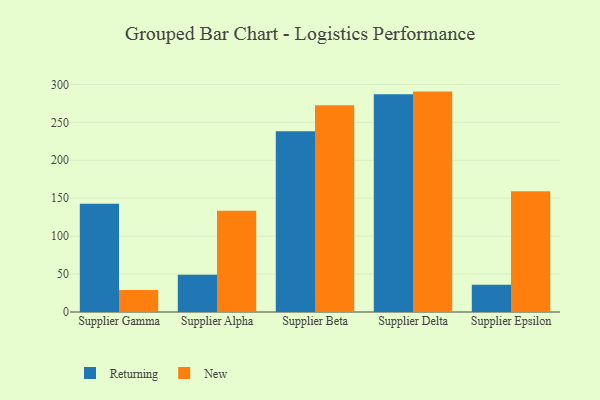
{"axis": {"x": "Supplier", "y": "Churn Rate (%)"}, "legend": ["New", "Returning"], "data": [{"x": "Supplier Gamma", "y": 142.7, "type": "Returning"}, {"x": "Supplier Gamma", "y": 29.1, "type": "New"}, {"x": "Supplier Alpha", "y": 49.2, "type": "Returning"}, {"x": "Supplier Alpha", "y": 133.5, "type": "New"}, {"x": "Supplier Beta", "y": 238.3, "type": "Returning"}, {"x": "Supplier Beta", "y": 272.4, "type": "New"}, {"x": "Supplier Delta", "y": 286.9, "type": "Returning"}, {"x": "Supplier Delta", "y": 290.5, "type": "New"}, {"x": "Supplier Epsilon", "y": 36.0, "type": "Returning"}, {"x": "Supplier Epsilon", "y": 159.0, "type": "New"}]}